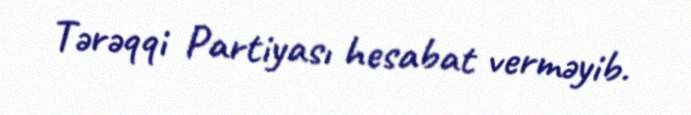
Tərəqqi Partiyası hesabat verməyib.